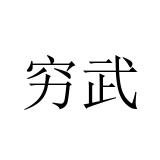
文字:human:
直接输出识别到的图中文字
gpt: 穷武